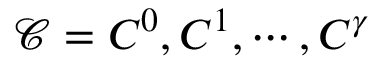
\mathcal { C } = { C ^ { 0 } , C ^ { 1 } , \cdots , C ^ { \gamma } }